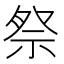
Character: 祭